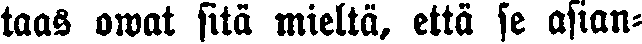
taas owat sitä mieltä, että se asian-